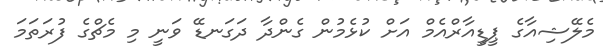
މެލޭޝިއާގެ ޕީޑީއާރްއެމް އަށް ކުޅެމުން ގެންދާ ދަގަނޑޭ ވަނީ މި މެޗްގެ ފުރަތަމަ